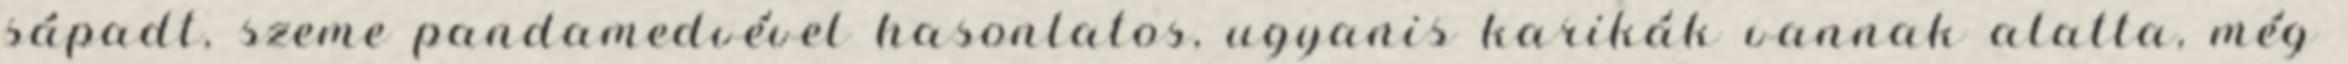
sápadt, szeme pandamedvével hasonlatos, ugyanis karikák vannak alatta, még